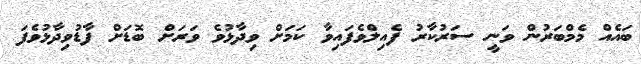
ބައެއް މެމްބަރުން ވަނީ ސަރުކާރު ފެއިލްވެފައިވާ ކަމަށް ވިދާޅުވެ ވަރަށް ބޮޑަށް ފާޑުވިދާޅުވެފަ